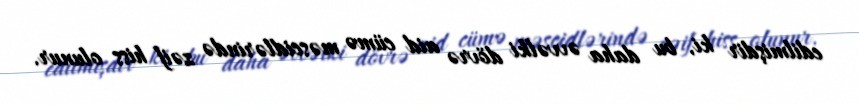
edilmişdir ki, bu daha əvvəlki dövrə aid cümə məscidlərində zəif hiss olunur.